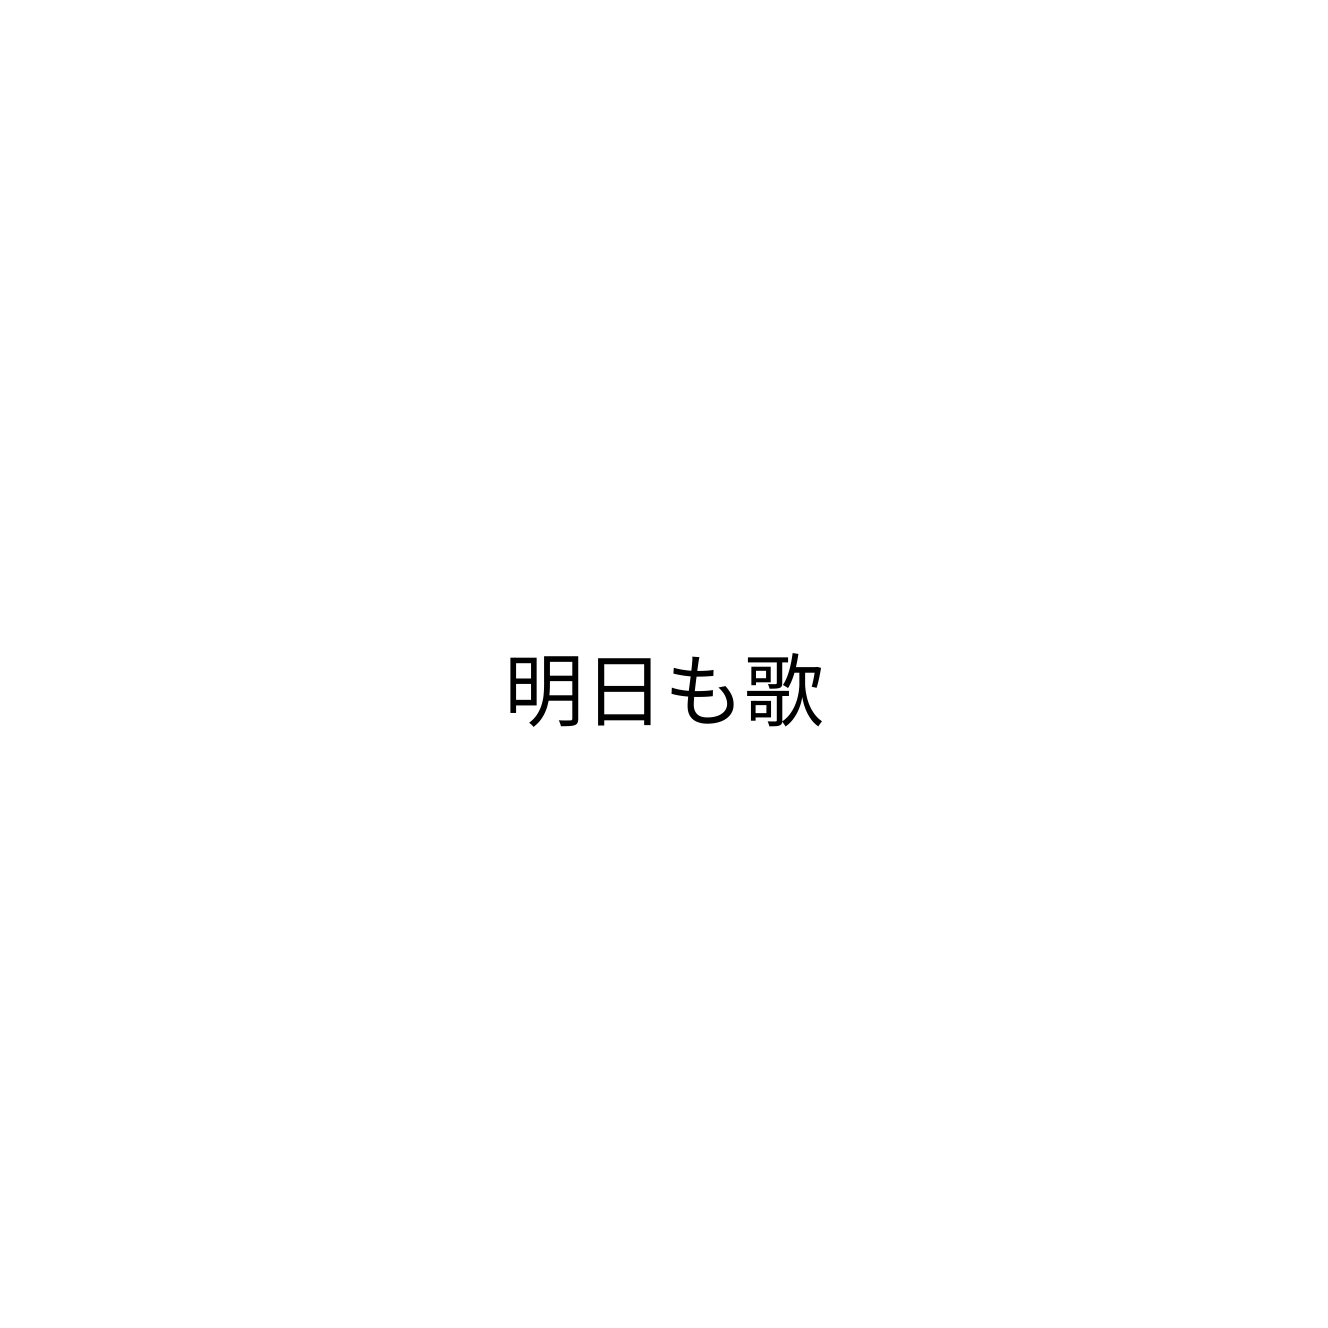
明日も歌